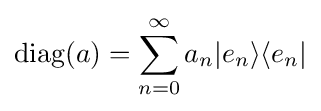
{\rm {diag}}(a)=\sum _{n=0}^{\infty }a_{n}|e_{n}\rangle \langle e_{n}|